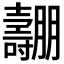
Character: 𡕑